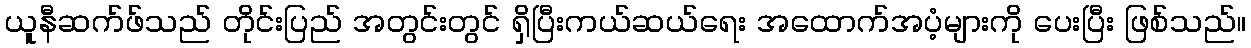
ယူနီဆက်ဖ်သည် တိုင်းပြည် အတွင်းတွင် ရှိပြီးကယ်ဆယ်ရေး အထောက်အပံ့များကို ပေးပြီး ဖြစ်သည်။